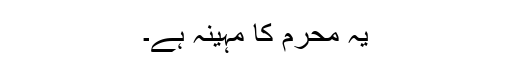
یہ محرم کا مہینہ ہے۔